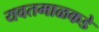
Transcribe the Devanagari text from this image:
यवतमाळकडे